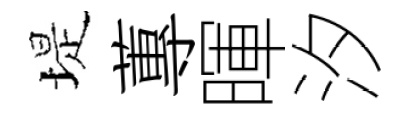
堤蓴暉汐